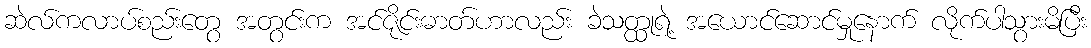
ဆဲလ်ကလာပ်စည်းတွေ အတွင်းက အင်ဇိုင်းဓာတ်ဟာလည်း ခဲသတ္ထုရဲ့ အယောင်ဆောင်မှုနောက် လိုက်ပါသွားမိပြီး